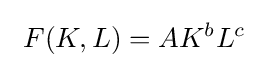
\ F(K,L)=AK^{b}L^{c}